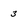
Character: 3